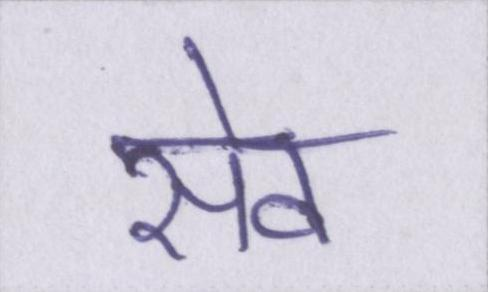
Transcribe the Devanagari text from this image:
सेव